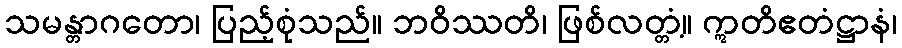
သမန္တာဂတော၊ ပြည့်စုံသည်။ ဘဝိဿတိ၊ ဖြစ်လတ္တံ့။ ဣတိဧတံဋ္ဌာနံ၊